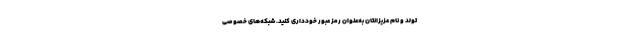
تولد و نام عزیزانتان به‌عنوان رمز عبور خودداری کنید. شبکه‌های خصوصی